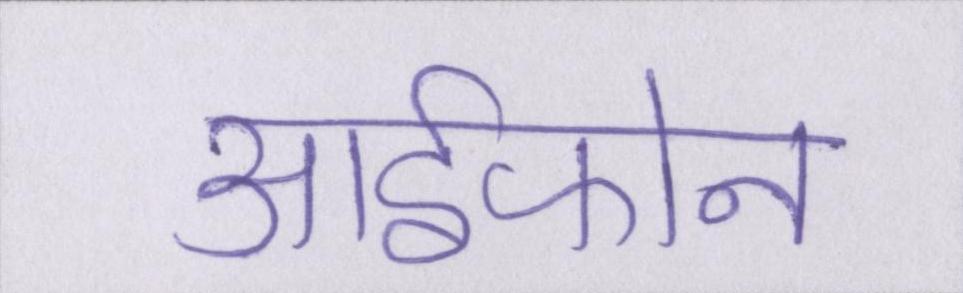
आईफोन